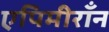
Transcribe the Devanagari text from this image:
एपिमीराँन